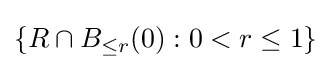
\{R\cap B_{\leq r}(0):0<r\leq 1\}